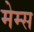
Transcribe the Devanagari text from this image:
मेम्स